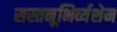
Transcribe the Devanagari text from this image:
सस्तनूभिर्व्यशेम